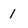
Character: 1